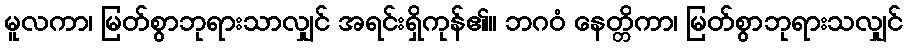
မူလကာ၊ မြတ်စွာဘုရားသာလျှင် အရင်းရှိကုန်၏။ ဘဂဝံ နေတ္တိကာ၊ မြတ်စွာဘုရားသလျှင်